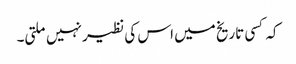
کہ کسی تاریخ میں اس کی نظیر نہیں ملتی۔